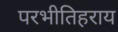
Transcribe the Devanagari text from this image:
परभीतिहराय